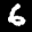
Label: 6